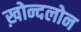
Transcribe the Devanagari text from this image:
ख़ोन्दलोन